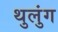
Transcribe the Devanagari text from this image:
थुलुंग